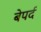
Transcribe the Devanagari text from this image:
बेपर्द